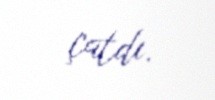
çatdı.